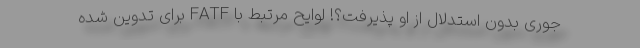
جوری بدون استدلال از او پذیرفت؟! لوایح مرتبط با FATF برای تدوین شده